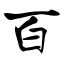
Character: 百